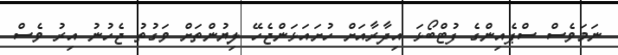
ނަމަވެސް ސްޕެއިންގެ ފުޓްބޯޅަ އިދާރާއަށް ހުށައަޅަންޖެހޭ ލިޔުންތަށް ވަގުތު ޖެހުނު އިރު ވެސް